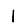
Digit: 1